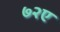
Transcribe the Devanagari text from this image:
७२ए